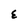
Character: E